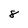
Character: 8